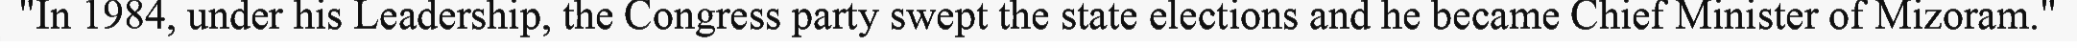
"In 1984, under his Leadership, the Congress party swept the state elections and he became Chief Minister of Mizoram."